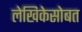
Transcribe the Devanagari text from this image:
लेखिकेसोबत